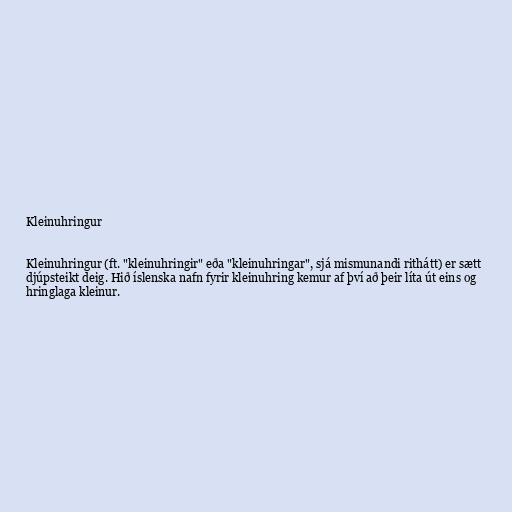
Kleinuhringur

Kleinuhringur (ft. "kleinuhringir" eða "kleinuhringar", sjá mismunandi rithátt) er sætt
djúpsteikt deig. Hið íslenska nafn fyrir kleinuhring kemur af því að þeir líta út eins og
hringlaga kleinur.